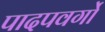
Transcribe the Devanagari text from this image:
पादपवर्गो